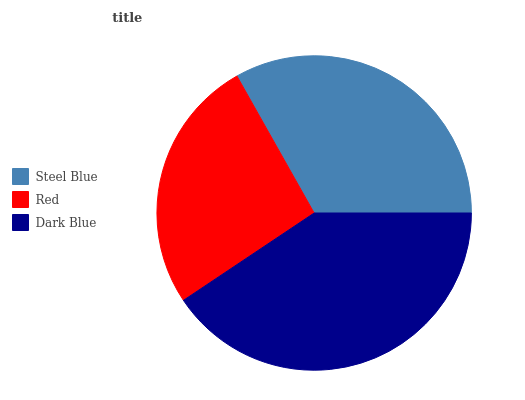
| Steel Blue | Red | Dark Blue |
 | --- | --- | --- |
 | 33.1% | 26.3% | 40.6% |